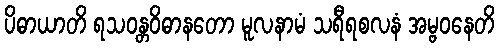
ပိဓာယာတိ ရသဝန္တဝိဓာနတော မူလနာမံ သရီရစလနံ အမ္ဗဝနေတိ